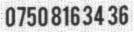
0750 816 34 36